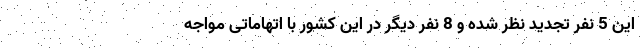
این 5 نفر تجدید نظر شده و 8 نفر دیگر در این کشور با اتهاماتی مواجه